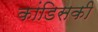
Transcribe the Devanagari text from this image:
कांडिसकी